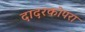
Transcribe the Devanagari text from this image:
दादरकोपरा